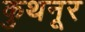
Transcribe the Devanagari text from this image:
कुथनूर